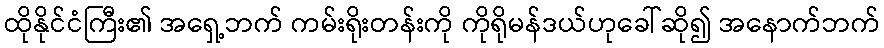
ထိုနိုင်ငံကြီး၏ အရှေ့ဘက် ကမ်းရိုးတန်းကို ကိုရိုမန်ဒယ်ဟုခေါ်ဆို၍ အနောက်ဘက်